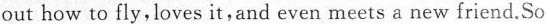
out how to fly, loves it, and even meets a new friend. So